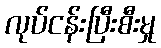
လုပ်ငန်းပြီးစီးမှု